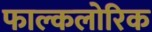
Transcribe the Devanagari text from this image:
फाल्कलोरिक